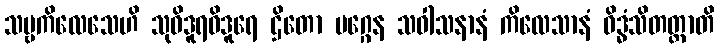
သဗ္ဗကိလေသေဟိ သုဝိဒူရဝိဒူရေ ဌိတော မဂ္ဂေန သဝါသနာနံ ကိလေသာနံ ဝိဒ္ဓံသိတတ္တာတိ